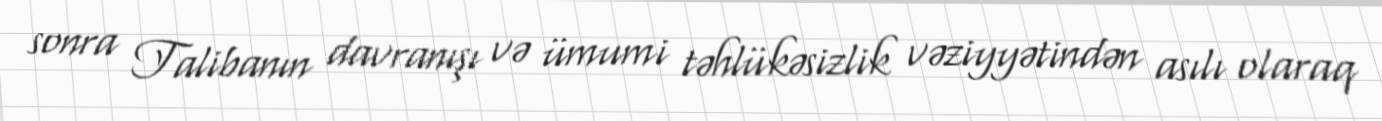
sonra Talibanın davranışı və ümumi təhlükəsizlik vəziyyətindən asılı olaraq